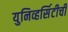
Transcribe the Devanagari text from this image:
युनिव्हर्सिटीची